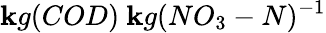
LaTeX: \mathbf{k}g(COD)\ \mathbf{k}g(NO_{3}-N)^{-1}